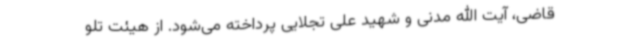
قاضی، آیت الله مدنی و شهید علی تجلایی پرداخته می‌شود. از هیئت تلو